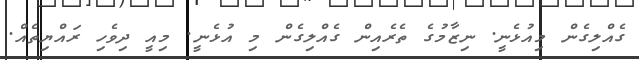
ގެއްލިގެން މިއުޅެނީ. ނިޒާމުގެ ތެރެއިން ގެއްލިގެން މި އުޅެނީ. މިއީ ދިވެހި ރައްޔިތެއް.